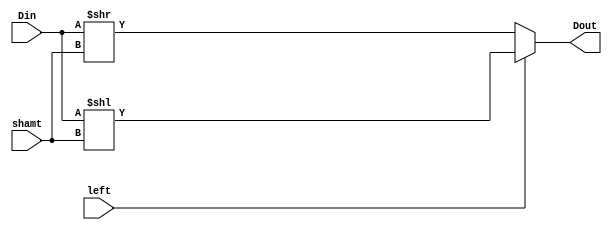
module Shifting(
    input [31:0] Din,
    input [4:0] shamt,
    input left,
    output reg [31:0] Dout
    );
    
    always @*
      if(left)
        Dout = Din << shamt;
      else
        Dout = Din >> shamt;
endmodule